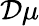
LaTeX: {\cal\mathcal{D}}\mu